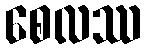
စေလဿ